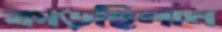
কাড়ছিলাম